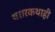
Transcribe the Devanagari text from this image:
थरारकथाही